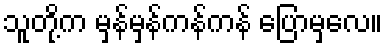
သူတို့က မှန်မှန်ကန်ကန် ပြောမှလေ။